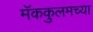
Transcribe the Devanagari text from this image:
मॅककुलमच्या